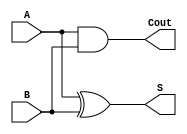
module half_adder (
  input A,
  input B,
  output S,
  output Cout
);

assign S = A ^ B;
assign Cout = A & B;

endmodule